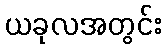
ယခုလအတွင်း